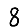
Digit: 8